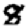
Digit: 8